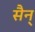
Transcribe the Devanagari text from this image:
सैन्